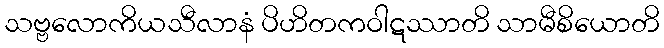
သဗ္ဗလောကိယသီလာနံ ပိဟိတကဝါဋဿာတိ သာမီစိယောတိ